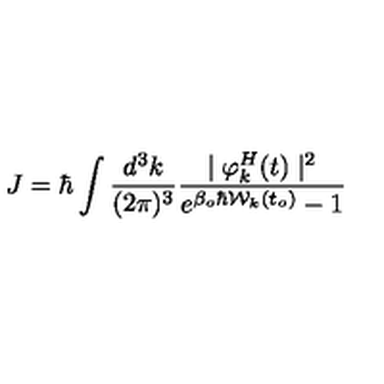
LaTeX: J = \hbar \int \frac { d ^ { 3 } k } { ( 2 \pi ) ^ { 3 } } \frac { \mid \varphi _ { k } ^ { H } ( t ) \mid ^ { 2 } } { e ^ { \beta _ { o } \hbar { \cal { W } } _ { k } ( t _ { o } ) } - 1 }